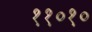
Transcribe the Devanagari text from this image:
११०१०